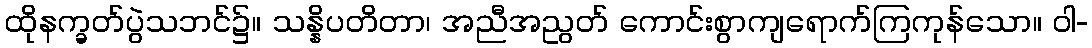
ထိုနက္ခတ်ပွဲသဘင်၌။ သန္နိပတိတာ၊ အညီအညွတ် ကောင်းစွာကျရောက်ကြကုန်သော။ ဝါ-